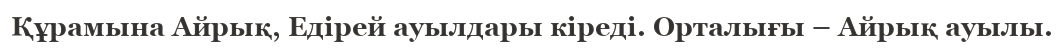
Құрамына Айрық, Едірей ауылдары кіреді. Орталығы – Айрық ауылы.